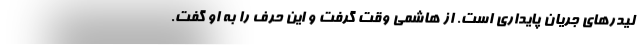
لیدرهای جریان پایداری است. از هاشمی وقت گرفت و این حرف را به او گفت.